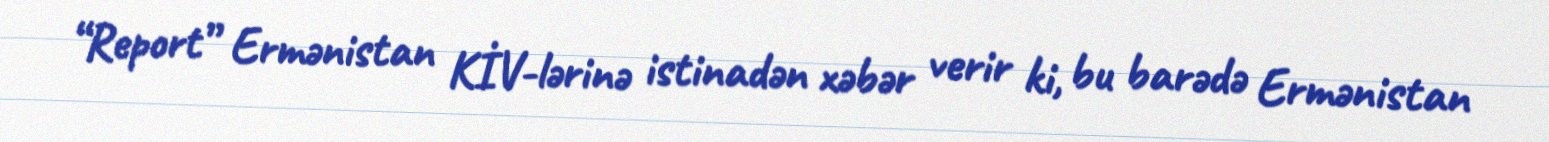
“Report” Ermənistan KİV-lərinə istinadən xəbər verir ki, bu barədə Ermənistan